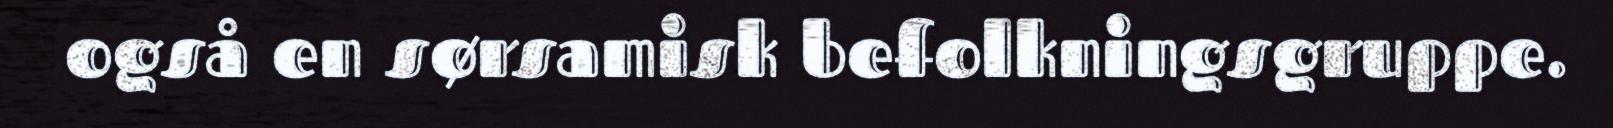
også en sørsamisk befolkningsgruppe.